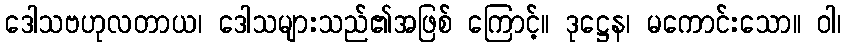
ဒေါသဗဟုလတာယ၊ ဒေါသများသည်၏အဖြစ် ကြောင့်။ ဒုဋ္ဌေန၊ မကောင်းသော။ ဝါ၊